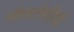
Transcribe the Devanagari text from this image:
नोमतोमीशी